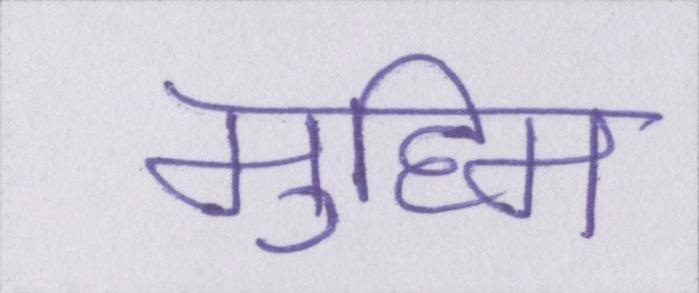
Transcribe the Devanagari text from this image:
मुहिम